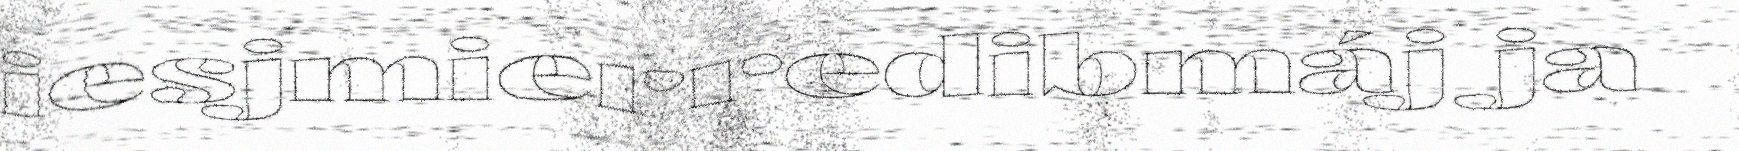
iesjmierredibmáj ja